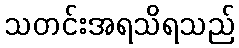
သတင်းအရသိရသည်